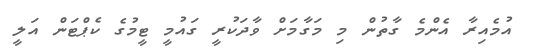
އުމެއިރާ އެންމެ ގާތުން މި މަގާމަށް ވާދަކުރީ ގައުމީ ޓީމުގެ ކެޕްޓަން އަލީ